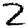
Digit: 2